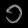
Digit: ၁